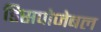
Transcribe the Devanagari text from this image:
डिसपोजेबल